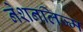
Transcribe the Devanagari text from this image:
नेशनलिज्म